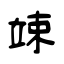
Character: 竦